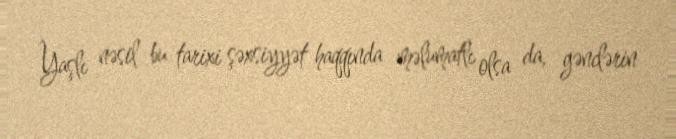
Yaşlı nəsil bu tarixi şəxsiyyət haqqında məlumatlı olsa da, gənclərin